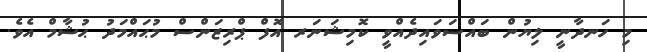
މި ހަނދާނީ ލިޔުން ބައްސަވައިދެއްވީ ކޮމިޝަނަރ އޮފް ޕްރިޒަންސް މުޙައްމަދު ޙުޝާމް އެވެ.